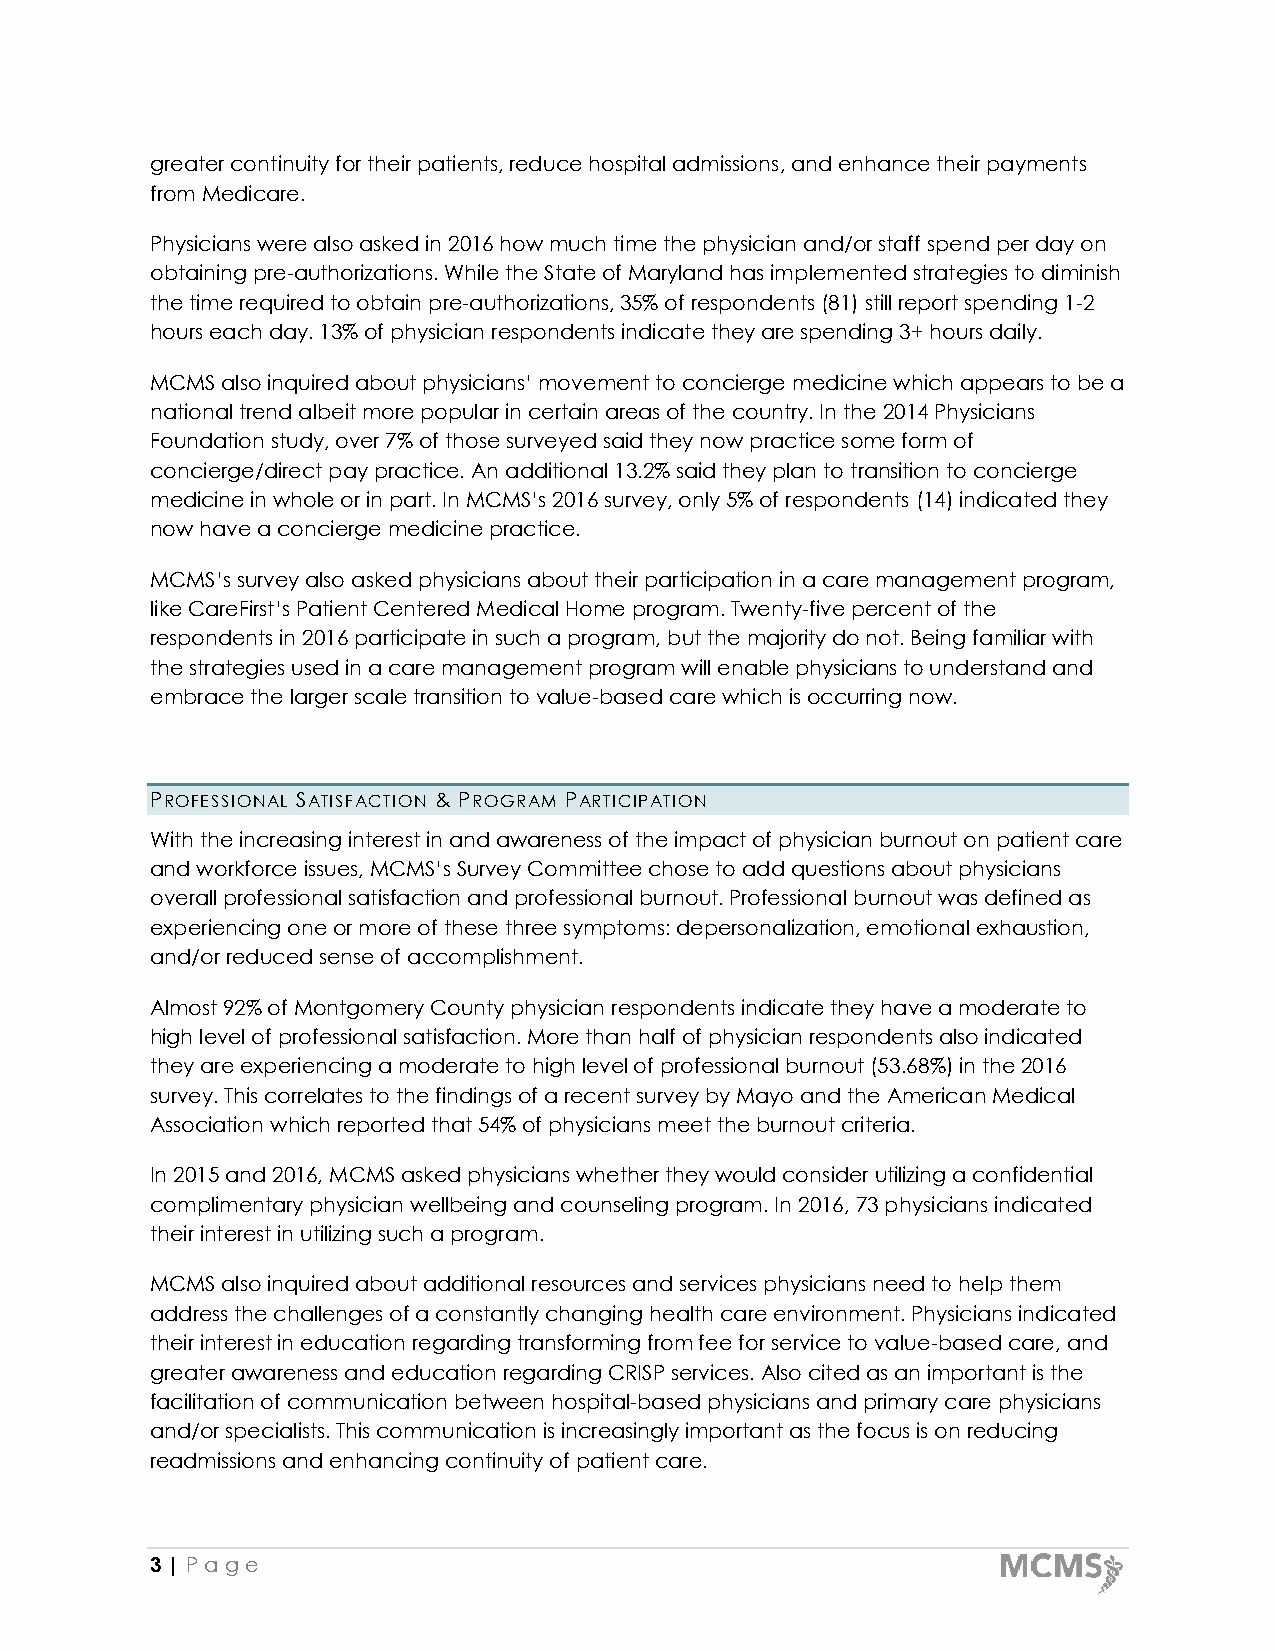
greater continuity for their patients, reduce hospital admissions, and enhance their payments
 from Medicare.
 Physicians were also asked in 2016 how much time the physician and/or staff spend per day on
 obtaining pre-authorizations. While the State of Maryland has implemented strategies to diminish
 the time required to obtain pre-authorizations, 35% of respondents (81) still report spending 1-2
 hours each day. 13% of physician respondents indicate they are spending 3+ hours daily.
 MCMS also inquired about physicians’ movement to concierge medicine which appears to be a
 national trend albeit more popular in certain areas of the country. In the 2014 Physicians
 Foundation study, over 7% of those surveyed said they now practice some form of
 concierge/direct pay practice. An additional 13.2% said they plan to transition to concierge
 medicine in whole or in part. In MCMS’s 2016 survey, only 5% of respondents (14) indicated they
 now have a concierge medicine practice.
 MCMS’s survey also asked physicians about their participation in a care management program,
 like CareFirst’s Patient Centered Medical Home program. Twenty-five percent of the
 respondents in 2016 participate in such a program, but the majority do not. Being familiar with
 the strategies used in a care management program will enable physicians to understand and
 embrace the larger scale transition to value-based care which is occurring now.
 PROFESSIONAL SATISFACTION & PROGRAM PARTICIPATION
 With the increasing interest in and awareness of the impact of physician burnout on patient care
 and workforce issues, MCMS’s Survey Committee chose to add questions about physicians
 overall professional satisfaction and professional burnout. Professional burnout was defined as
 experiencing one or more of these three symptoms: depersonalization, emotional exhaustion,
 and/or reduced sense of accomplishment.
 Almost 92% of Montgomery County physician respondents indicate they have a moderate to
 high level of professional satisfaction. More than half of physician respondents also indicated
 they are experiencing a moderate to high level of professional burnout (53.68%) in the 2016
 survey. This correlates to the findings of a recent survey by Mayo and the American Medical
 Association which reported that 54% of physicians meet the burnout criteria.
 In 2015 and 2016, MCMS asked physicians whether they would consider utilizing a confidential
 complimentary physician wellbeing and counseling program. In 2016, 73 physicians indicated
 their interest in utilizing such a program.
 MCMS also inquired about additional resources and services physicians need to help them
 address the challenges of a constantly changing health care environment. Physicians indicated
 their interest in education regarding transforming from fee for service to value-based care, and
 greater awareness and education regarding CRISP services. Also cited as an important is the
 facilitation of communication between hospital-based physicians and primary care physicians
 and/or specialists. This communication is increasingly important as the focus is on reducing
 readmissions and enhancing continuity of patient care.
 3 | Pa g e